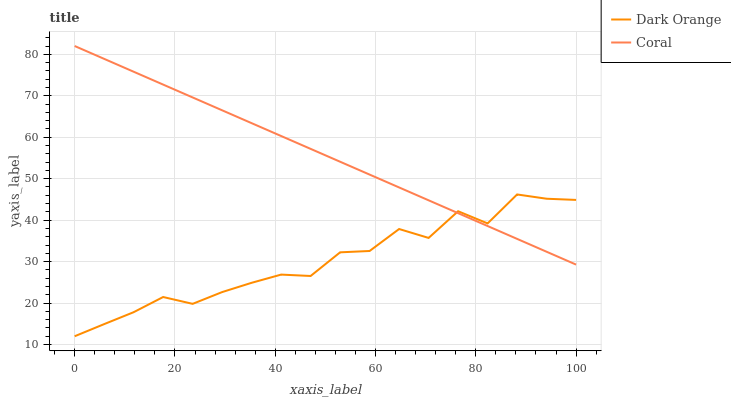
| xaxis_label | Dark Orange | Coral |
 | --- | --- | --- |
 | 0 | 12 | 82 |
 | 5.88 | 14.9 | 78.9 |
 | 11.8 | 17.8 | 75.8 |
 | 17.6 | 21.5 | 72.7 |
 | 23.5 | 19.8 | 69.6 |
 | 29.4 | 22.7 | 66.5 |
 | 35.3 | 24.9 | 63.4 |
 | 41.2 | 26.9 | 60.3 |
 | 47.1 | 26.5 | 57.2 |
 | 52.9 | 32.2 | 54.1 |
 | 58.8 | 32.6 | 51 |
 | 64.7 | 37.9 | 47.9 |
 | 70.6 | 35.7 | 44.8 |
 | 76.5 | 42.2 | 41.7 |
 | 82.4 | 39.2 | 38.6 |
 | 88.2 | 46.2 | 35.5 |
 | 94.1 | 45.2 | 32.4 |
 | 100 | 44.9 | 29.3 |